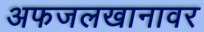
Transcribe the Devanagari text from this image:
अफजलखानावर